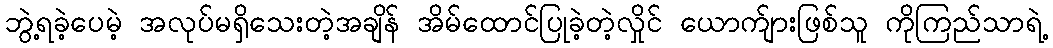
ဘွဲ့ရခဲ့ပေမဲ့ အလုပ်မရှိသေးတဲ့အချိန် အိမ်ထောင်ပြုခဲ့တဲ့လှိုင် ယောက်ျားဖြစ်သူ ကိုကြည်သာရဲ့